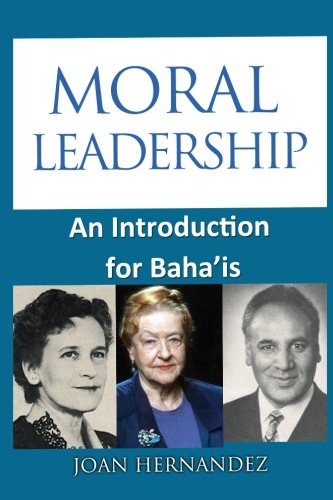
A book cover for Moral Leadership: An Introduction for Baha'is; Joan Hernandez; Religion & Spirituality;